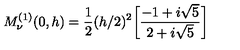
M _ { \nu } ^ { ( 1 ) } ( 0 , h ) = \frac { 1 } { 2 } ( h / 2 ) ^ { 2 } \bigg [ \frac { - 1 + i \sqrt { 5 } } { 2 + i \sqrt { 5 } } \bigg ]